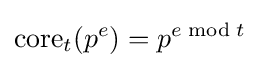
\mathrm {core} _{t}(p^{e})=p^{e{\bmod {t}}}